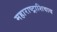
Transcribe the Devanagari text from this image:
महाराष्ट्राशिवाय